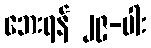
ဘေးရန် ၂၉-ပါး